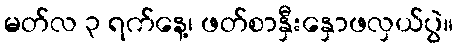
မတ်လ ၃ ရက်နေ့၊ ဖတ်စာနှီးနှောဖလှယ်ပွဲ။